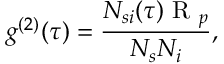
g ^ { ( 2 ) } ( \tau ) = \frac { N _ { s i } ( \tau ) \mathrm { ~ R ~ } _ { p } } { N _ { s } N _ { i } } ,